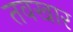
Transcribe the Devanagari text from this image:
तवखार